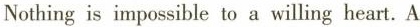
Nothing is impossible to a willing heart.A